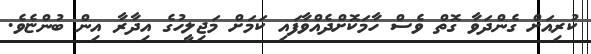
ކުރިއަށް ގެންދަވާ ގޮތް ވެސް ހާމަކޮށްދެއްވާފައި ކަމަށް މަޖިލީހުގެ އިދާރާ އިން ބުންޏެވެ.